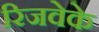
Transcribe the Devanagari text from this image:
रिजवेके